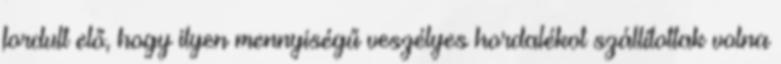
fordult elő, hogy ilyen mennyiségű veszélyes hordalékot szállítottak volna